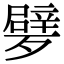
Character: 𣩩